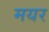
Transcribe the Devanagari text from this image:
मयर